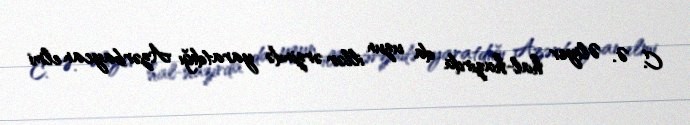
C. Ə. Əliyev hal-hazırda da uzun illər ərzində yaratdığı Azərbaycan elmi